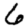
Digit: 6